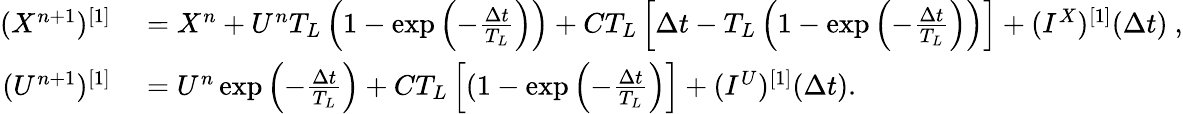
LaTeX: \begin{array}{rl}{(X^{n+1})^{[1]}}&{{}=X^{n}+U^{n}T_{L}\left(1-\exp\left(-\frac{\Delta t}{T_{L}}\right)\right)+CT_{L}\left[\Delta t-T_{L}\left(1-\exp\left(-\frac{\Delta t}{T_{L}}\right)\right)\right]+(I^{X})^{[1]}(\Delta t)~,}\\ {(U^{n+1})^{[1]}}&{{}=U^{n}\exp\left(-\frac{\Delta t}{T_{L}}\right)+CT_{L}\left[(1-\exp\left(-\frac{\Delta t}{T_{L}}\right)\right]+(I^{U})^{[1]}(\Delta t).}\end{array}